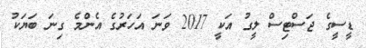
ޑީސީގެ ޖަސްޓިސް ލީގު އަކީ 2017 ވަނަ އަހަރުގެ އެންމެ ގިނަ ބަޔަކު